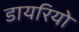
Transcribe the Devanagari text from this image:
डायरियो